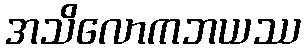
အသိလောကဘယဿ